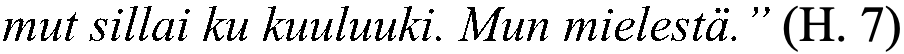
mut sillai ku kuuluuki. Mun mielestä.” (H. 7)